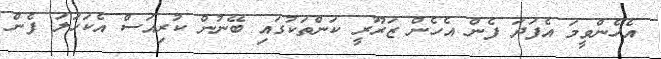
އެހެންވީމަ އެފަދަ ފެން އެހެން ޒަރޫރީ ކަންތަކުގައި ބޭނުން ކުރިއަސް އެކަހަލަ ފެން